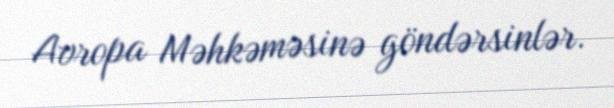
Avropa Məhkəməsinə göndərsinlər.